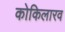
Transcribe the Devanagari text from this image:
कोकिलारव